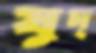
যুদ্